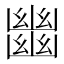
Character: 𢇕